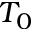
T _ { 0 }